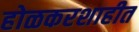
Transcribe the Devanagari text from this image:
होळकरशाहीत